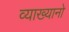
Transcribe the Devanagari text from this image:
व्याख्यानो